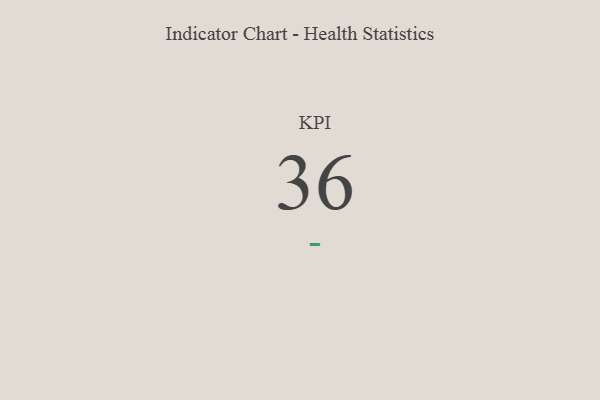
{"axis": {"x": "KPI", "y": "Value"}, "legend": [""], "data": [{"x": "KPI", "y": 36, "type": ""}]}